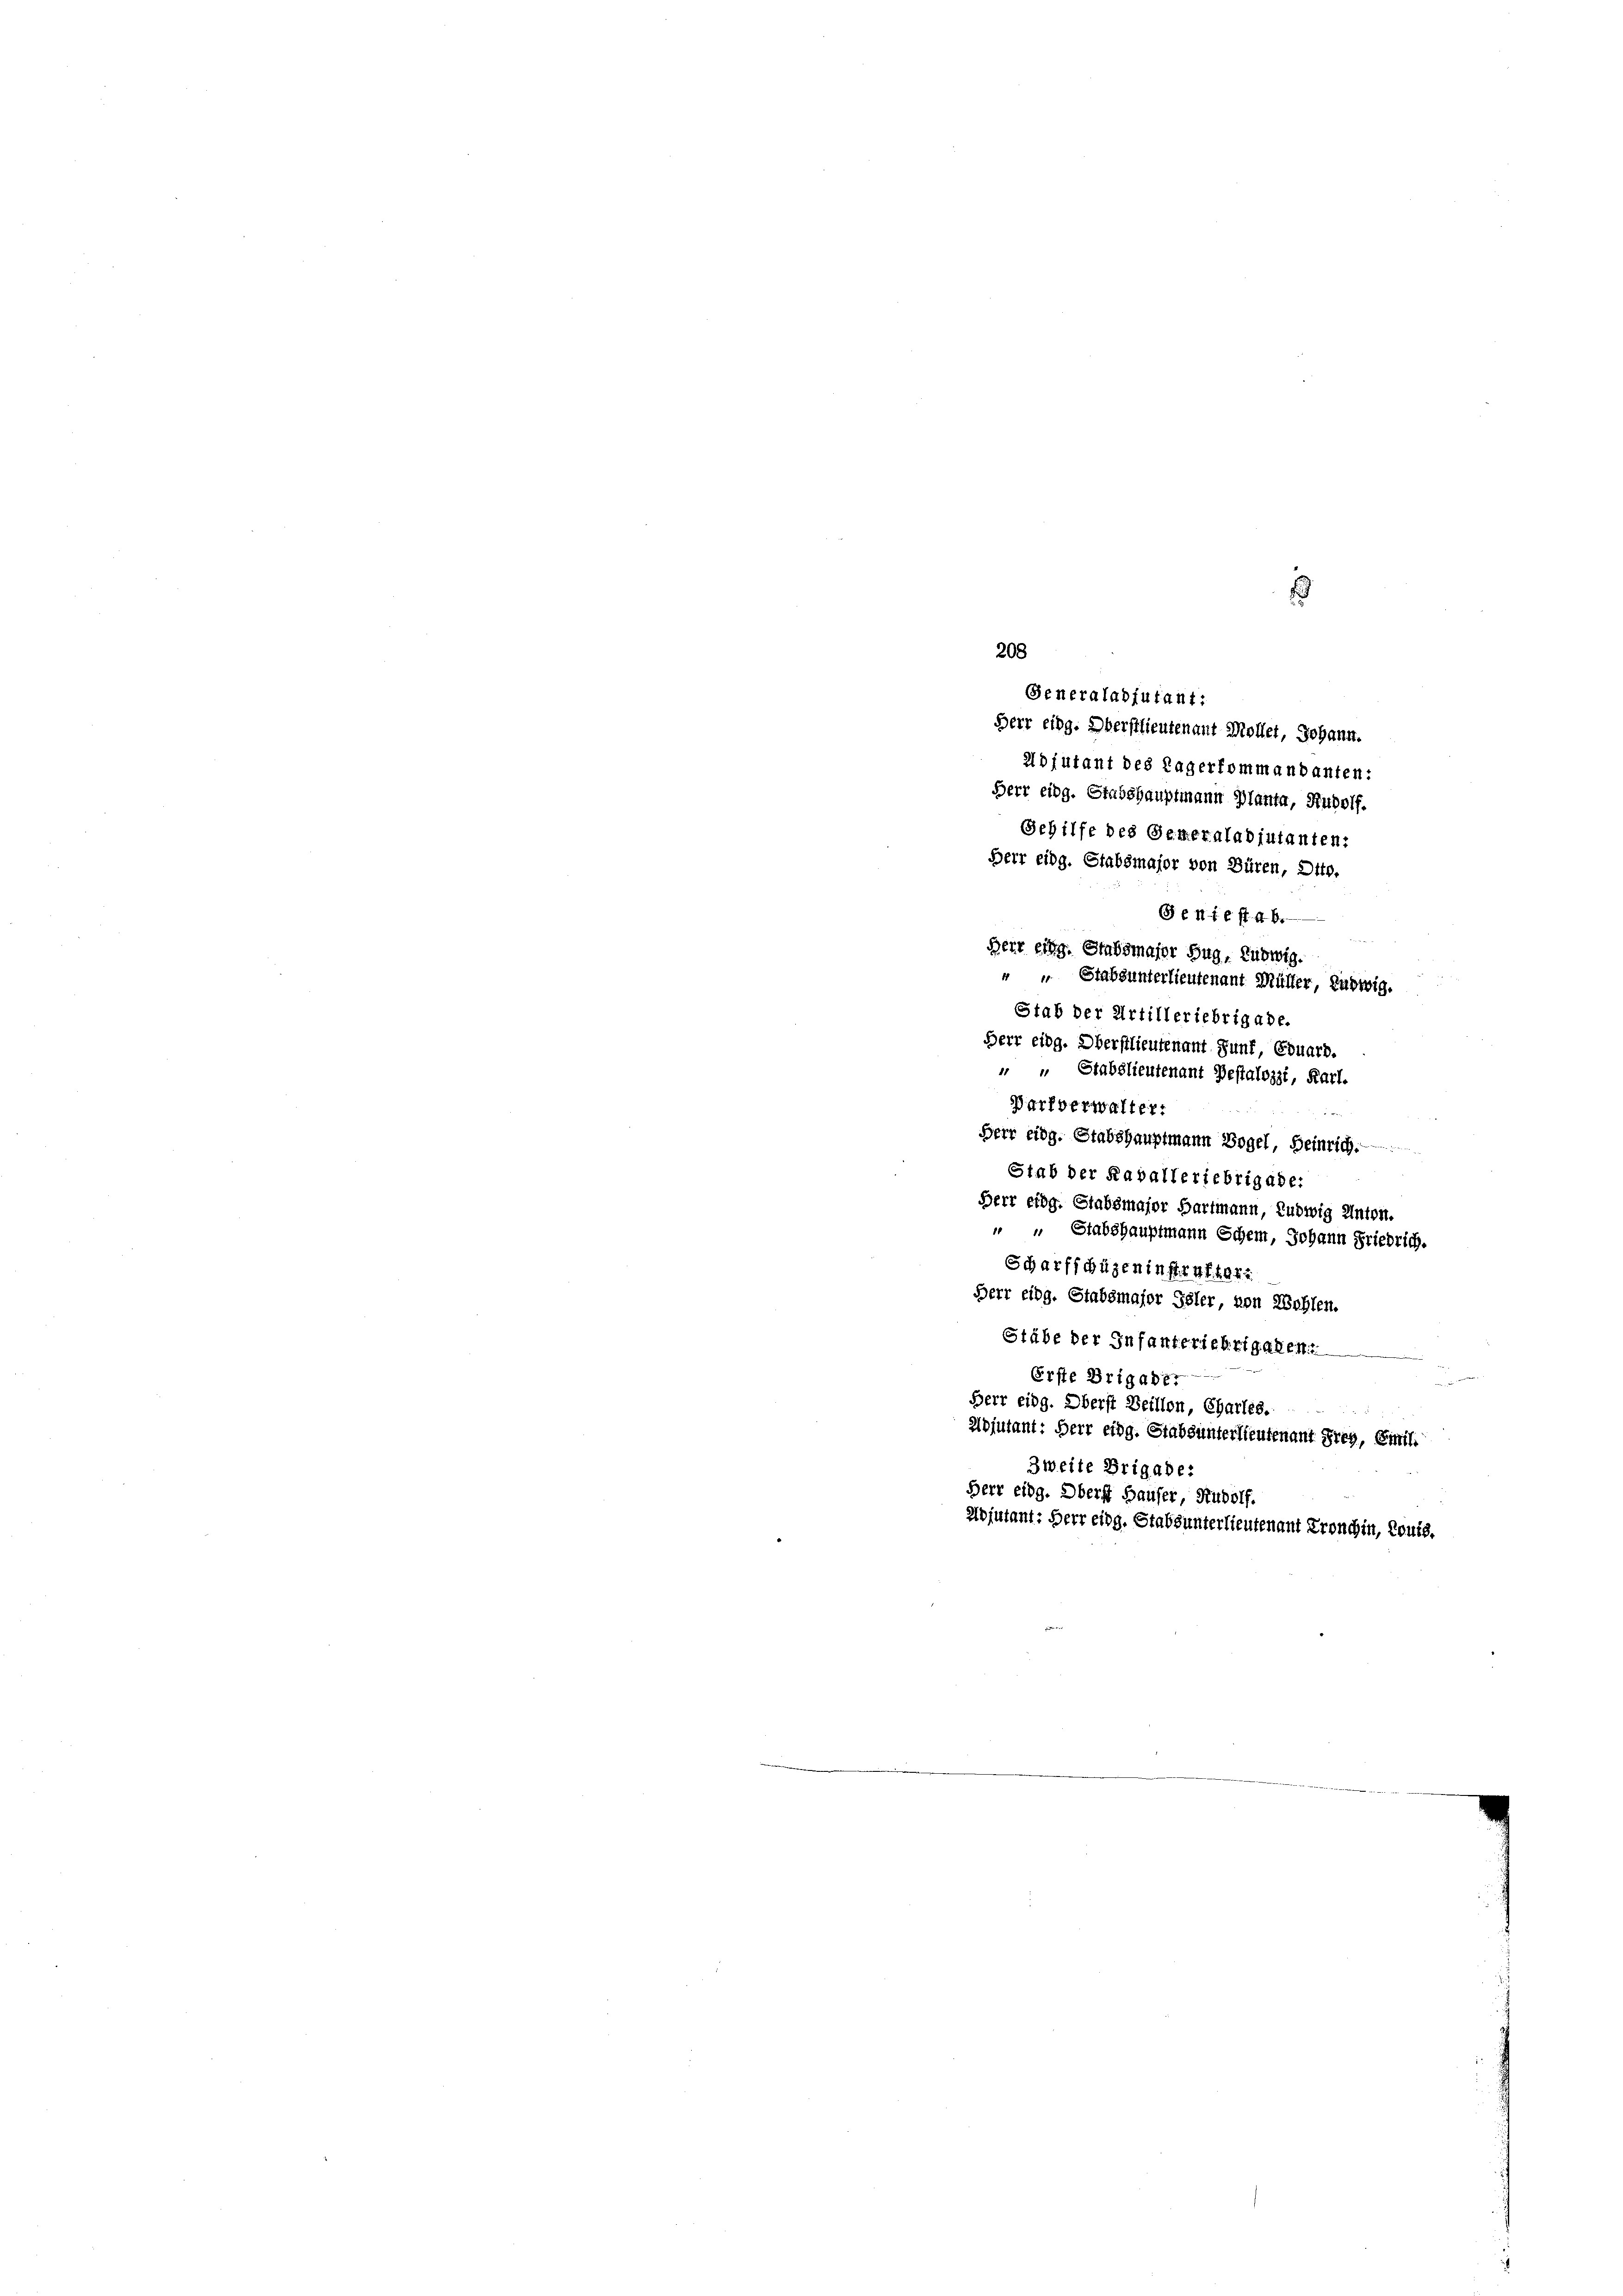
Generaladjutant:

s

208
Herr eidg. Oberstlieutenant Möller, Johann.
Adjutant des Lagerkommandanten:
Herr eidg. Stabshauptmann Planta, Rudolf.
Gehilfe des Generaladjutanten:
Herr eidg. Stabsmajor von Büren, Otto.
Geniest ab.
Herr eing. Stabsmajor Zug, Ludwig.
" " Stabsunterlieutenant Müller, Ludwig.
Stab der Artilleriebrigade.
Herr eidg. Oberstlieutenamt Junf, Eduard.
 " Stabslieutenant Pestalozzi, Karl.
Darf verwalter:
Herr eidg. Stabshauptmann Vogel, Heinrich.
Stab der Kavalleriebrigade.
Herr eidg. Stabsmajor Hartmann, Ludwig Unten.
 " Stabshauptmann Schein, Johann Friedrich.
Scharfschüzeninstrafter
Herr eidg. Stabsmajor Geler von Wohlen.
Stäbe der Infanteriebzigaren.
Erste Brigabe
Herr eidg. Oberst Beillon, Charles.
Adjutant: Herr eidg. Stabsunterlieutenant Frey, Emili
Zweite Brigade:
Herr eidg. Oberst Hauser, Rudolf.
adjutant: Herr eidg. Stabsunterlieutenant Fronchin, Louis.

e